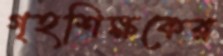
গৃহশিক্ষকের